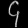
Digit: ၄